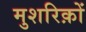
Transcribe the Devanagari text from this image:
मुशरिक़ों